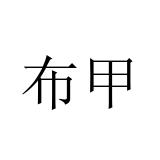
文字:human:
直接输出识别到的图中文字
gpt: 布甲